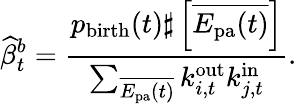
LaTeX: \widehat{\beta}_{t}^{b}=\frac{p_{\mathrm{birth}}(t)\sharp\left[{\overline{{E_{\mathrm{pa}}(t)}}}\right]}{\sum_{\overline{{E_{\mathrm{pa}}(t)}}}k_{i,t}^{\mathrm{out}}k_{j,t}^{\mathrm{in}}}.